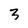
Character: 3